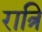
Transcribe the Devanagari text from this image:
रात्रि